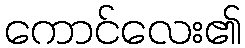
ကောင်လေး၏